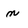
Character: n